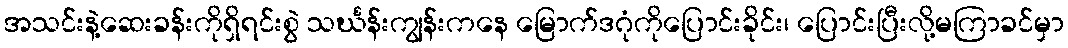
အသင်းနဲ့ဆေးခန်းကိုရှိရင်းစွဲ သင်္ဃန်းကျွန်းကနေ မြောက်ဒဂုံကိုပြောင်းခိုင်း၊ ပြောင်းပြီးလို့မကြာခင်မှာ